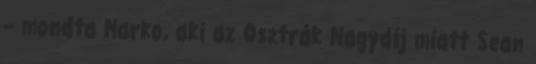
– mondta Marko, aki az Osztrák Nagydíj miatt Sean